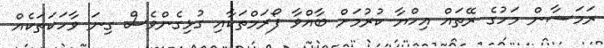
ރަމަޟާން މަހުގެ ރޭތައް އިހްޔާ ކުރުމަށް ބާއްވާ ފޯރަމްތަކާއި ގުޅިގެންވެސް ގިނަ ވާހަކަތަކެއް